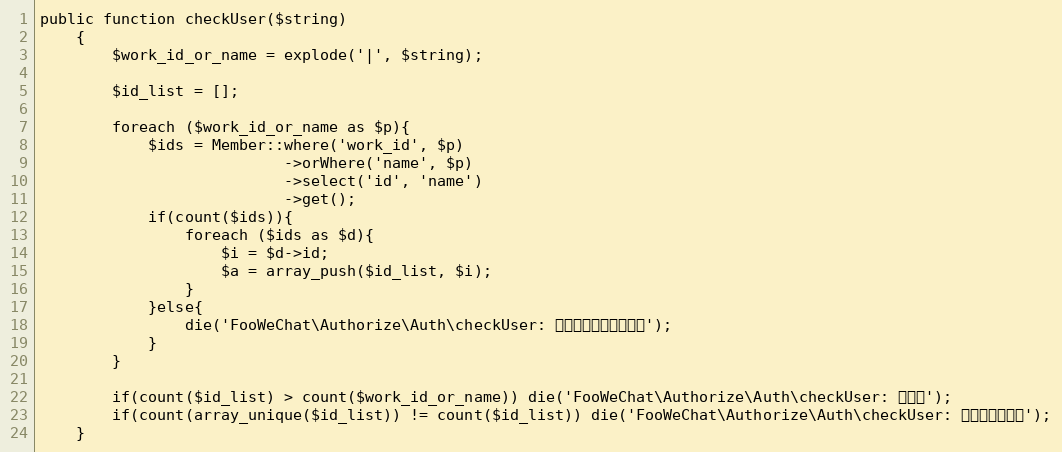
Language: PHP
public function checkUser($string)
	{
		$work_id_or_name = explode('|', $string);

		$id_list = [];

		foreach ($work_id_or_name as $p){
			$ids = Member::where('work_id', $p)
			               ->orWhere('name', $p)
			               ->select('id', 'name')
			               ->get();
			if(count($ids)){
				foreach ($ids as $d){
					$i = $d->id;
					$a = array_push($id_list, $i);
				}
			}else{
				die('FooWeChat\Authorize\Auth\checkUser: 有不存在的工号或姓名');
			}
		}

		if(count($id_list) > count($work_id_or_name)) die('FooWeChat\Authorize\Auth\checkUser: 有重名');
		if(count(array_unique($id_list)) != count($id_list)) die('FooWeChat\Authorize\Auth\checkUser: 有用户重复出现');
	}